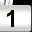
Digit: 1